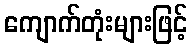
ကျောက်တုံးများဖြင့်